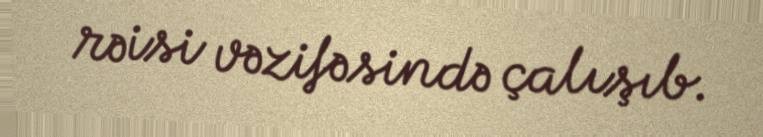
rəisi vəzifəsində çalışıb.